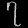
Digit: ၇